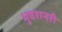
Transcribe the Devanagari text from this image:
भुवशनरी